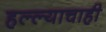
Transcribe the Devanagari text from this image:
हल्ल्याचाही